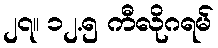
၂၇။ ၁၂.၅ ကီလိုဂရမ်